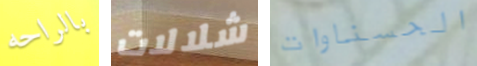
بالراحه شلالات الحسناوات